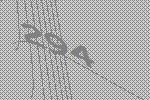
294